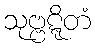
သုဗ္ဗဋ္ဋိတံ